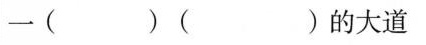
一( )( )的大道